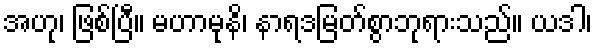
အဟု၊ ဖြစ်ပြီ။ မဟာမုနိ၊ နာရဒမြတ်စွာဘုရားသည်။ ယဒါ၊